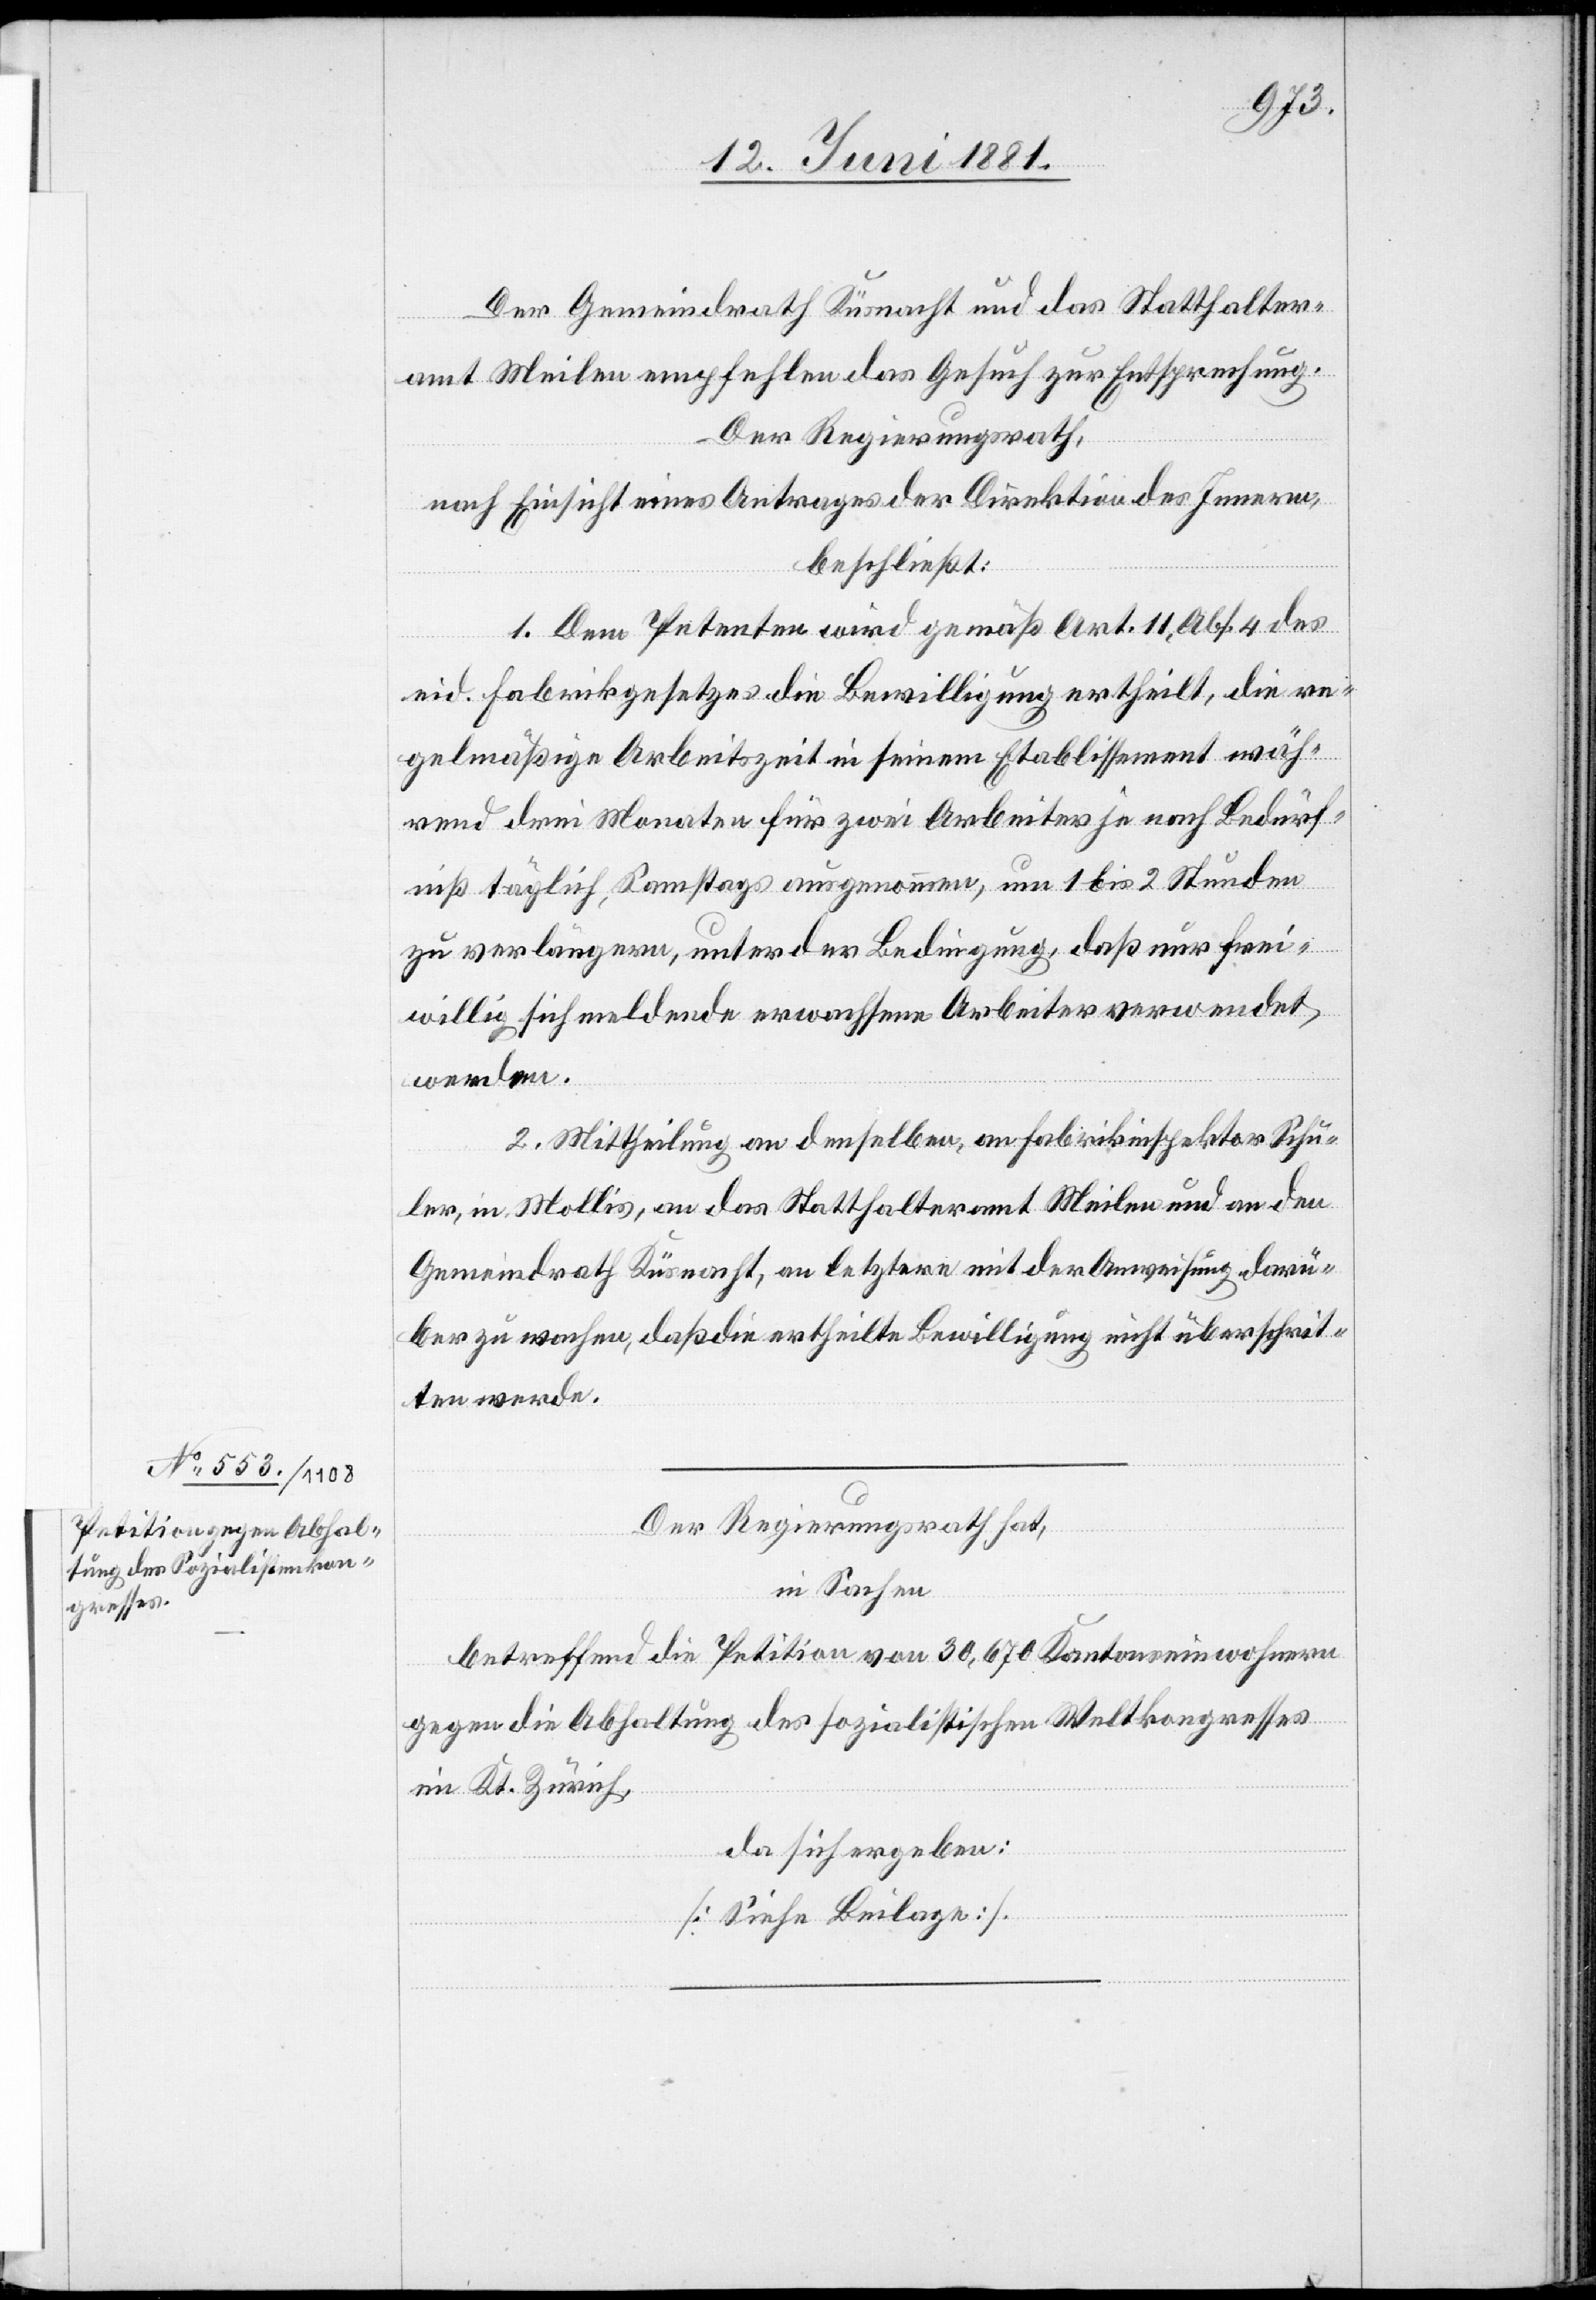
Der Gemeindrath Küsnacht und das Statthalter¬
amt Meilen empfehlen das Gesuch zur Entsprechung.
Der Regierungsrath,
nach Einsicht eines Antrages der Direktion des Innern,
beschließt:
1. Dem Petenten wird gemäß Art. 11, Abs. 4 des
eid. Fabrikgesetzes die Bewilligung ertheilt, die re¬
gelmäßige Arbeitszeit in seinem Etablissement wäh¬
rend drei Monaten für zwei Arbeiter je nach Bedürf¬
niß täglich, Sonntags ausgenommen, um 1 bis 2 Stunden
zu verlängern, unter der Bedingung, daß nur frei¬
willig sich meldende erwachsene Arbeiter verwendet
werden.
2. Mittheilung an denselben, an Fabrikinspektor Schu¬
ler, in Mollis, an das Statthalteramt Meilen und an den
Gemeindrath Küsnacht, an letztere mit der Anweisung darü¬
ber zu wachen, daß die ertheilte Bewilligung nicht überschrit¬
ten werde.